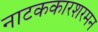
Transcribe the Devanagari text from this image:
नाटककारशरमन